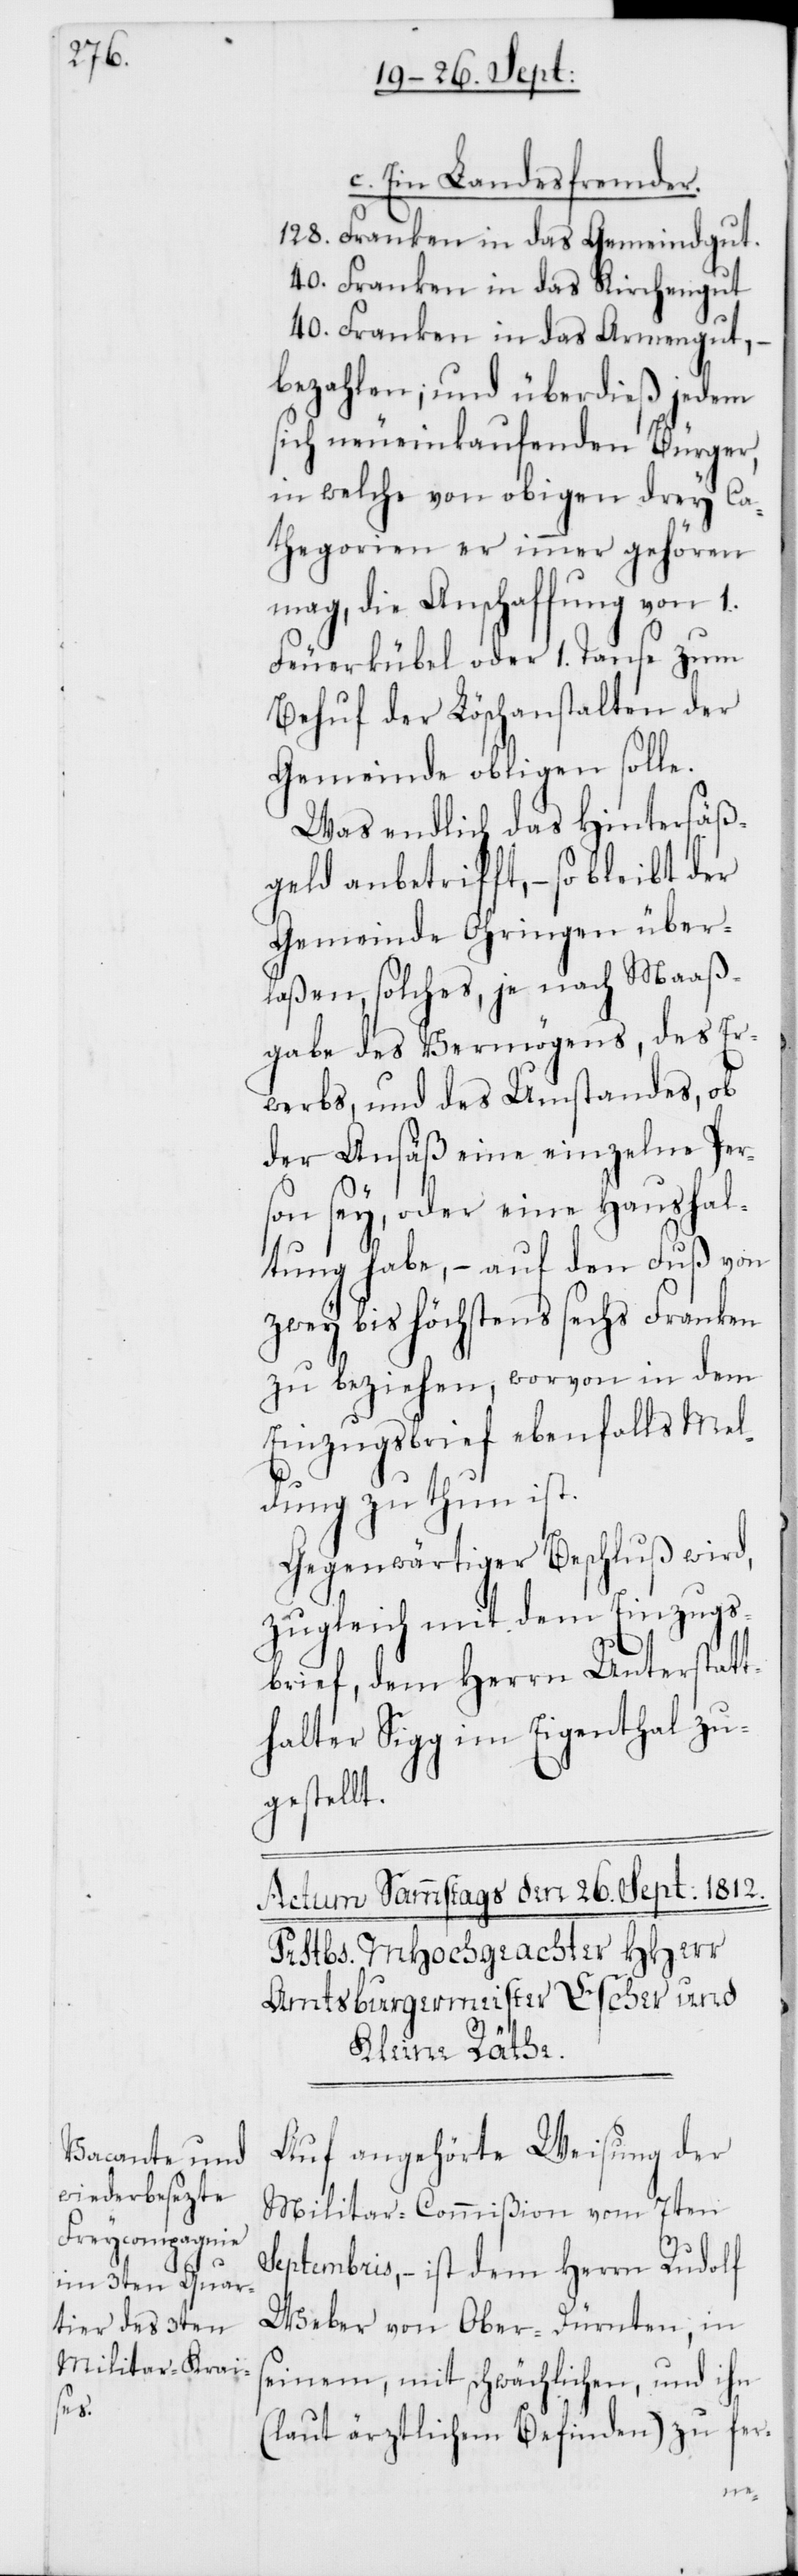
c. Ein Landesfremder.
128. Franken in das Gemeindgut.
40. Franken in das Kirchengut.
40. Franken in das Armengut, –
bezahlen; und überdieß jedem
sich neueinkaufenden Bürger,
in welche von obigen drey Ca¬
thegorien er immer gehören
mag, die Anschaffung von 1.
Feuerkübel oder 1. Tanse zum
Behuf der Löschanstalten der
Gemeinde obligen solle.
Was endlich das Hintersäß¬
geld anbetrifft, – so bleibt der
Gemeinde Ohringen über¬
laßen, solches, je nach Maaß¬
gabe des Vermögens, des Er¬
werbs, und des Umstandes, ob
der Ansäß eine einzelne Per¬
son sey oder eine Haushal¬
tung habe, – auf den Fuß von
zwey bis höchstens sechs Franken
zu beziehen, worvon in dem
Einzugsbrief ebenfalls Mel¬
dung zu thun ist.
Gegenwärtiger Beschluß wird,
zugleich mit dem Einzugs¬
brief, dem Herrn Unterstatt¬
halter Sigg im Eigenthal zu¬
gestellt.
Auf angehörte Weisung der
Militar-Commißion vom 7ten
Septembris, – ist dem Herrn Rudolf
Weber von Ober-Dürnten, in
seinem, mit schwächlichen, und ihn
(laut ärztlichem Befinden) zu fer-